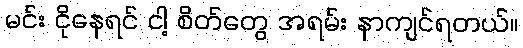
မင်း ငိုနေရင် ငါ့ စိတ်တွေ အရမ်း နာကျင်ရတယ်။